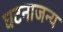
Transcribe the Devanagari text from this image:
घटनाजन्य